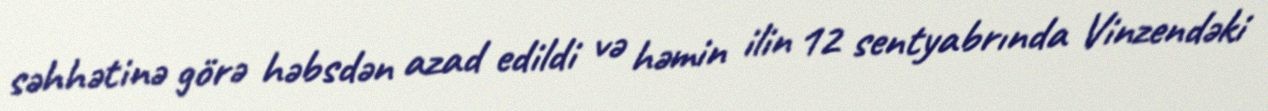
səhhətinə görə həbsdən azad edildi və həmin ilin 12 sentyabrında Vinzendəki